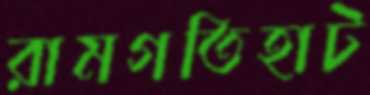
রামগতিহাট